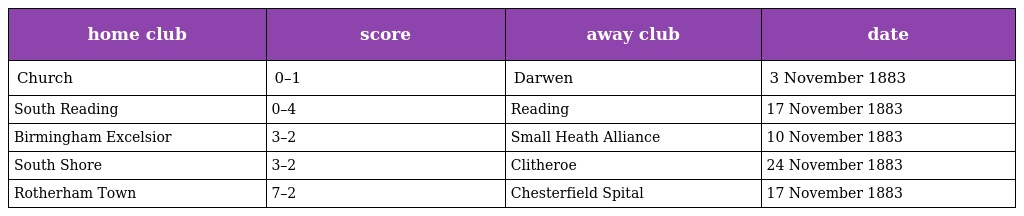
| home club | score | away club | date |
 | --- | --- | --- | --- |
 | Church | 0–1 | Darwen | 3 November 1883 |
 | South Reading | 0–4 | Reading | 17 November 1883 |
 | Birmingham Excelsior | 3–2 | Small Heath Alliance | 10 November 1883 |
 | South Shore | 3–2 | Clitheroe | 24 November 1883 |
 | Rotherham Town | 7–2 | Chesterfield Spital | 17 November 1883 |